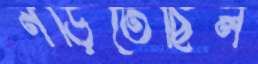
নড়িতেছিল